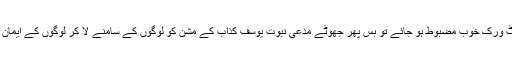
نیز جب اس کا نیٹ ورک خوب مضبوط ہو جائے تو بس پھر جھوٹے مدعی نبوت یوسف کذاب کے مشن کو لوگوں کے سامنے لا کر لوگوں کے ایمان پر ڈاکا ڈال سکے۔